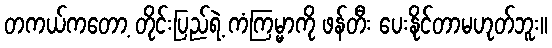
တကယ်ကတော့ တိုင်းပြည်ရဲ့ ကံကြမ္မာကို ဖန်တီး ပေးနိုင်တာမဟုတ်ဘူး။